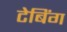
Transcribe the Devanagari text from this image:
टेबिंग